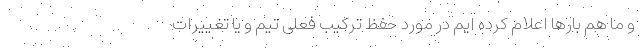
و ما هم بارها اعلام کرده ایم در مورد حفظ ترکیب فعلی تیم و یا تغییرات